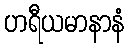
ဟရီယမာနာနံ